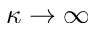
\kappa \rightarrow \infty